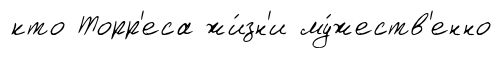
кто Торр'еса жи́зн'и му́жеств'енно